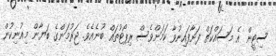
ސިޓީން އެ މަސައްކަތް ފަށާފައިނުވާ ކަމަށްވެސް ރިޕޯޓުތައް ބުނެއެވެ. ޖަރުމަންގެ ބަޔާން މިއުނިކުން